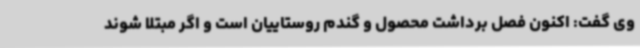
وی گفت: اکنون فصل برداشت محصول و گندم روستاییان است و اگر مبتلا شوند